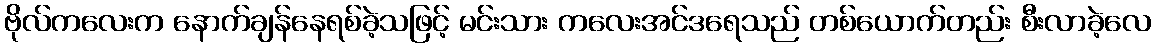
ဗိုလ်ကလေးက နောက်ချန်နေရစ်ခဲ့သဖြင့် မင်းသား ကလေးအင်ဒရေသည် တစ်ယောက်တည်း စီးလာခဲ့လေ